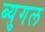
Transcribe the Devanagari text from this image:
ब्युगल